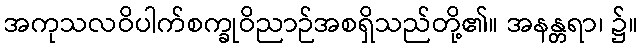
အကုသလဝိပါက်စက္ခုဝိညာဉ်အစရှိသည်တို့၏။ အနန္တရာ၊ ၌။